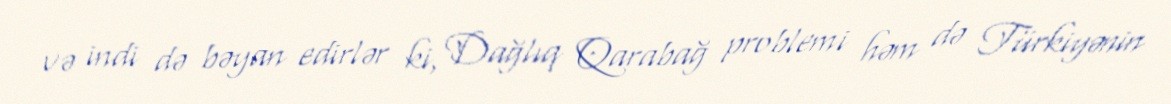
və indi də bəyan edirlər ki, Dağlıq Qarabağ problemi həm də Türkiyənin